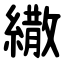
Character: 繖